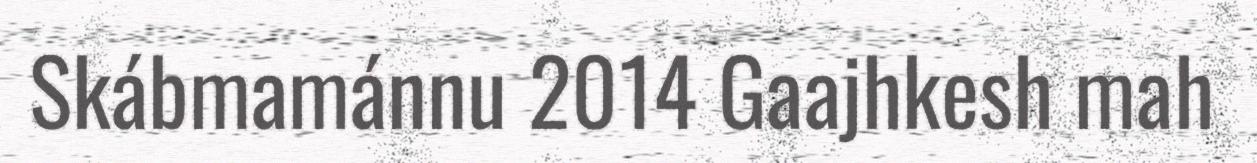
Skábmamánnu 2014 Gaajhkesh mah